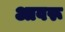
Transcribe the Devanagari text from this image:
आवरू